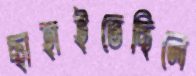
ছাহাইতেছিলে